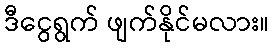
ဒီငွေရွက် ဖျက်နိုင်မလား။